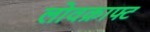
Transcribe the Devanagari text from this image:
लोवक्राफ्ट